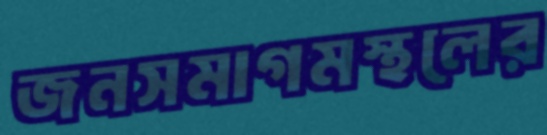
জনসমাগমস্থলের